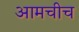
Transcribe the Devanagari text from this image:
आमचीच